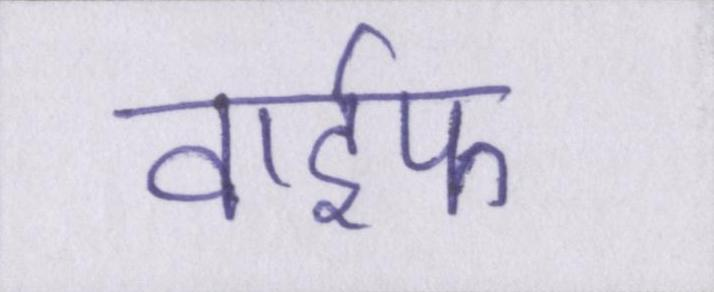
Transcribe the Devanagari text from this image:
वाईफ